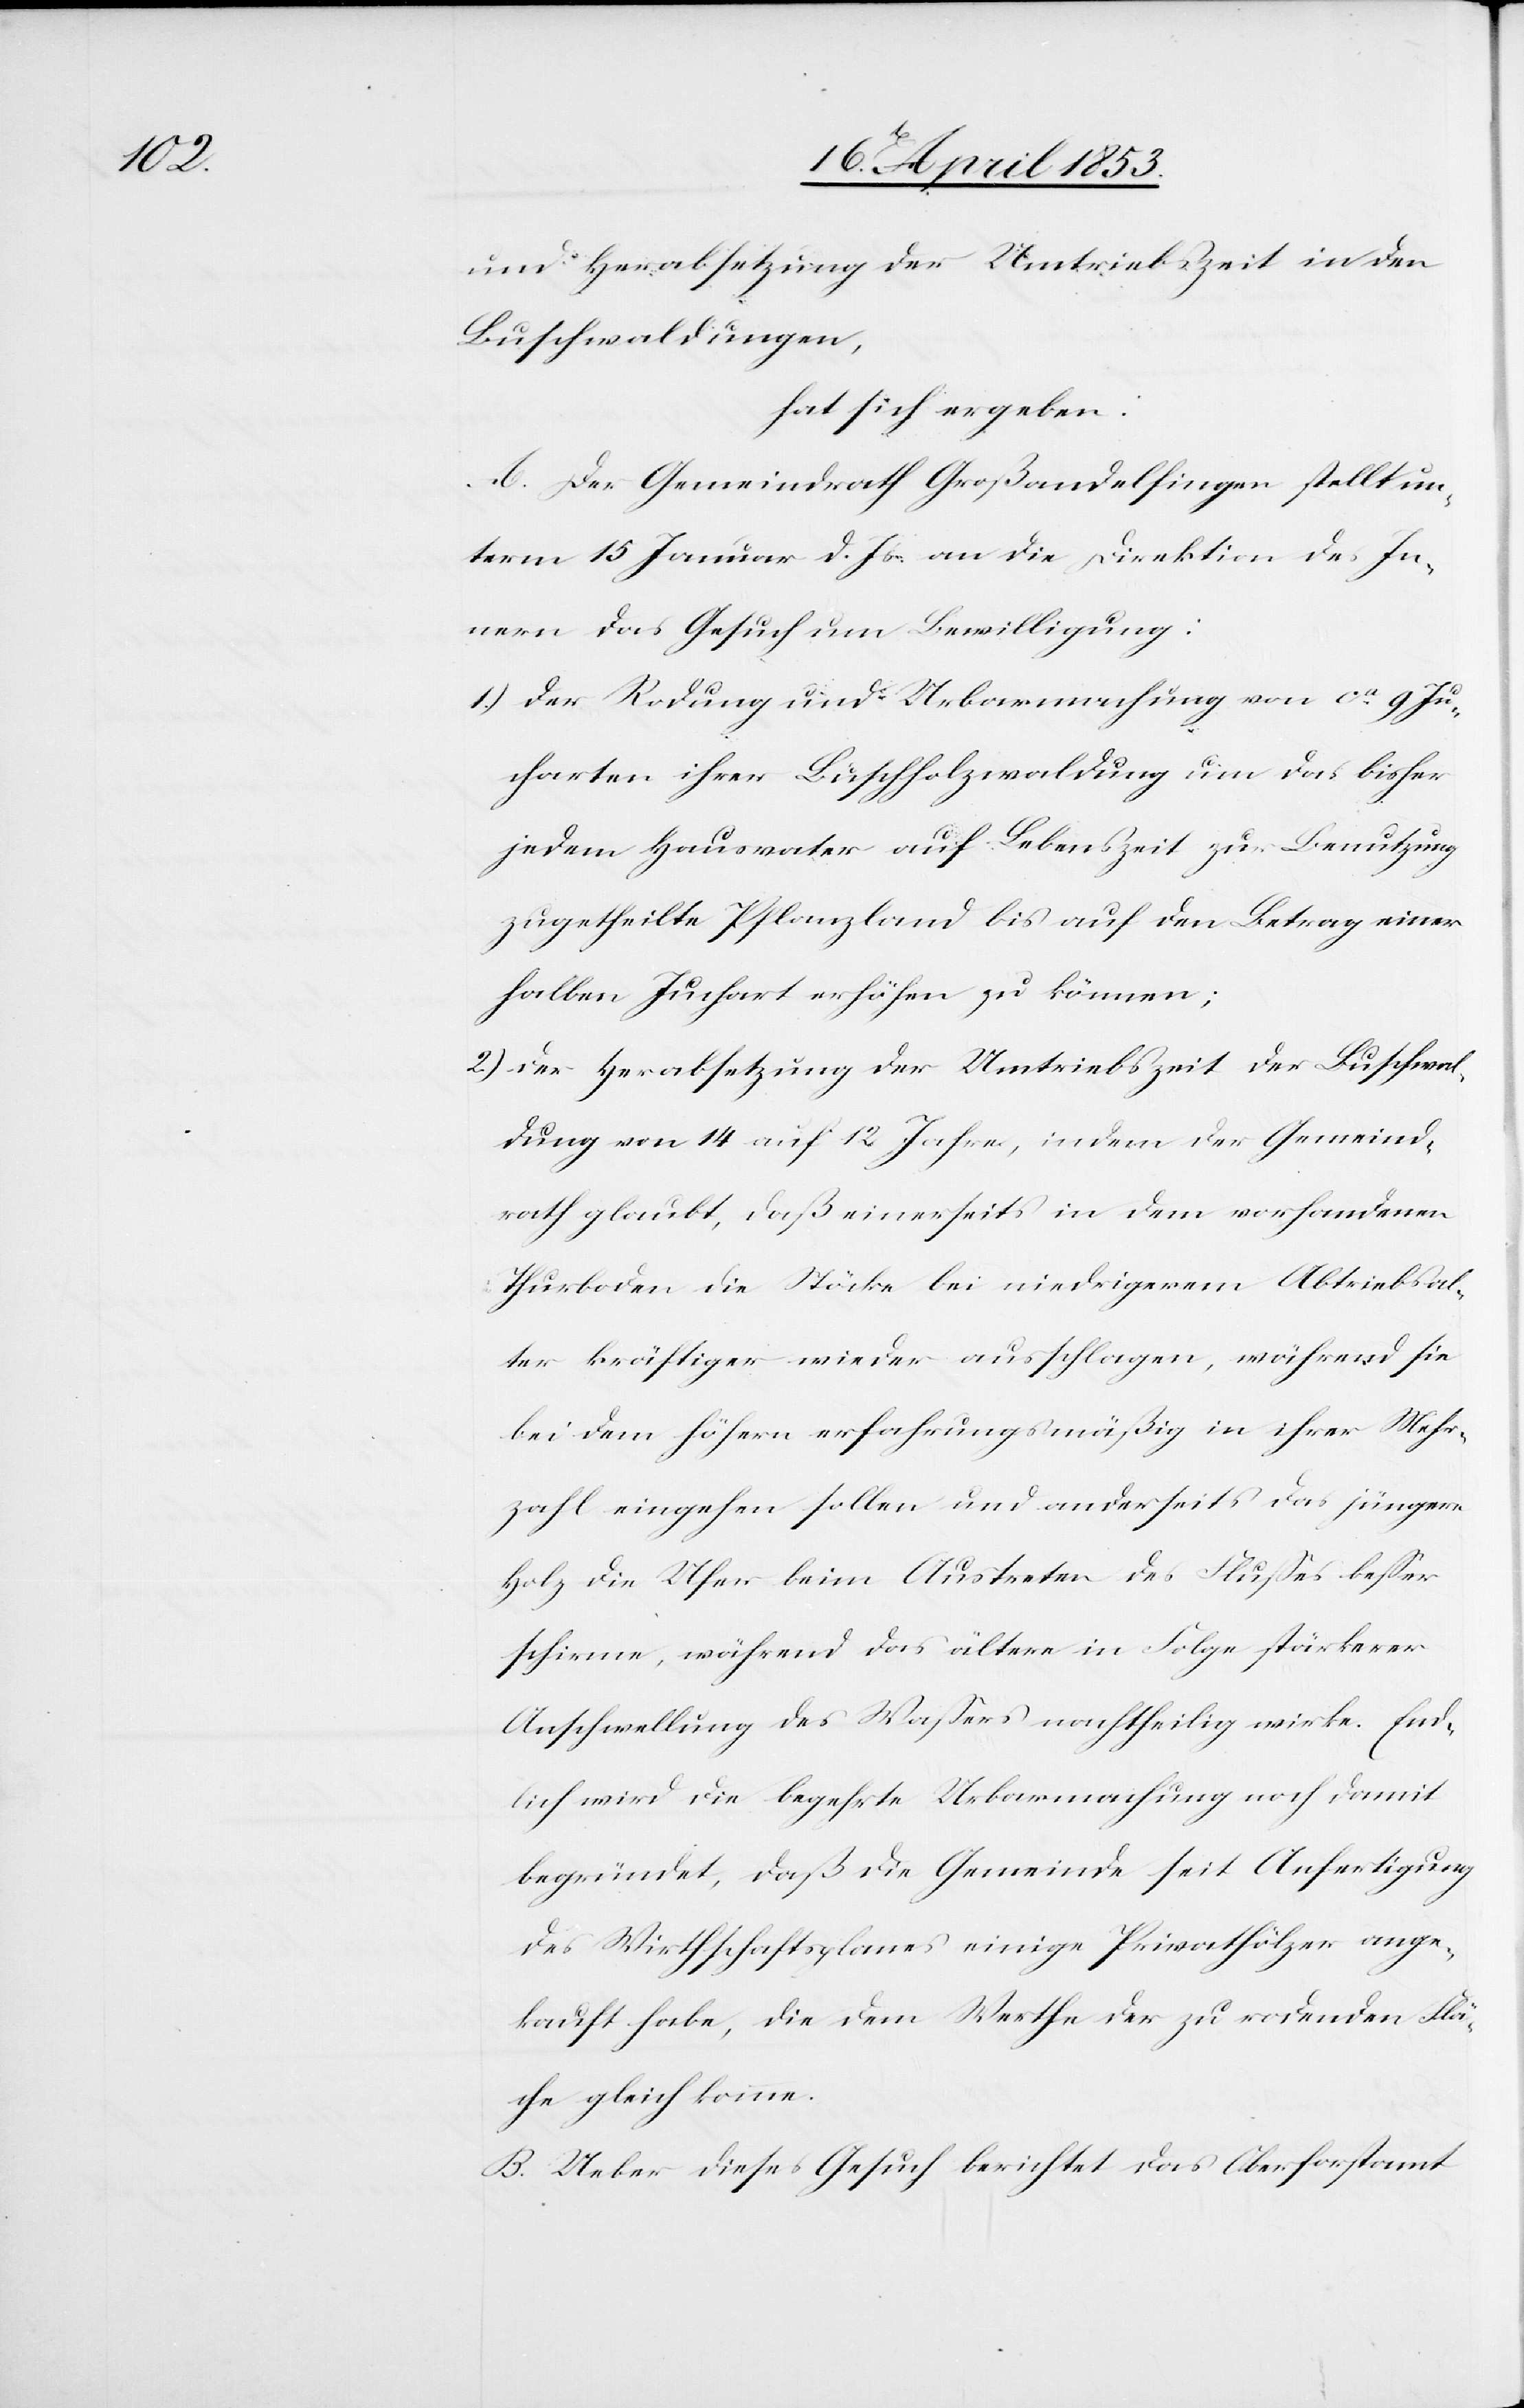
und Herabsetzung der Umtriebszeit in den
Buschwaldungen,
hat sich ergeben:
A. Der Gemeindrath Großandelfingen stellt un¬
term 15 Januar d. Js. an die Direktion des In¬
nern das Gesuch um Bewilligung:
1.) Der Rodung und Uebermachung von ca. 9 Ju¬
charten ihrer Buschholzwaldung um das bisher
jedem Hausvater auf Lebenszeit zur Benutzung
zugetheilte Pflanzland bis auf den Betrag einer
halben Juchart erhöhen zu können;
2.) Der Herabsetzung der Umtriebszeit der Buschwal¬
dung von 14 auf 12 Jahre, indem der Gemeind¬
rath glaubt, daß einerseits in dem vorhandenen
Thurboden die Stöcke bei niedrigerem Abtriebsal¬
ter kräftiger wieder ausschlagen, während sie
bei dem höhern erfahrungsmäßig in ihrer Mehr¬
zahl eingehen sollen und anderseits das jüngere
Holz die Ufer beim Austreten des Flußes beßer
schirmen, während das ältere in Folge stärkerer
Aufschwellung des Waßeres nachtheilig wirke. End¬
lich wird die begehrte Urbarmachung noch damit
begründet, daß die Gemeinde seit Anfertigung
des Wirthschaftsplanes einige Privathölzer ange¬
kauft habe, die dem Werthe der zu rodenden Flä¬
che gleich komme.
B. Ueber dieses Gesuch berichtet das Oberforstamt